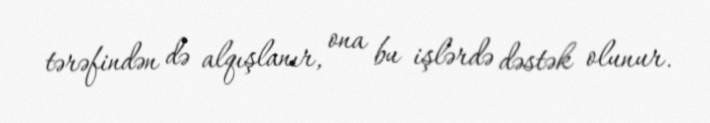
tərəfindən də alqışlanır, ona bu işlərdə dəstək olunur.